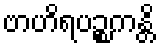
ဗာဟိရပဉ္စကန္တိ